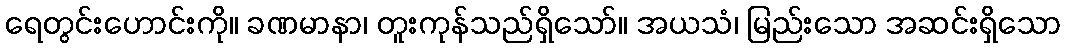
ရေတွင်းဟောင်းကို။ ခဏမာနာ၊ တူးကုန်သည်ရှိသော်။ အယသံ၊ မြည်းသော အဆင်းရှိသော